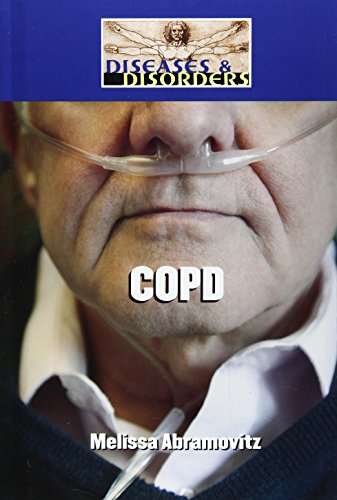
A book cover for COPD (Diseases and Disorders); Melissa Abramovitz; Teen & Young Adult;